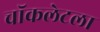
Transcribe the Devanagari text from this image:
चॉकलेटला